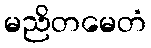
မညိတမေတံ